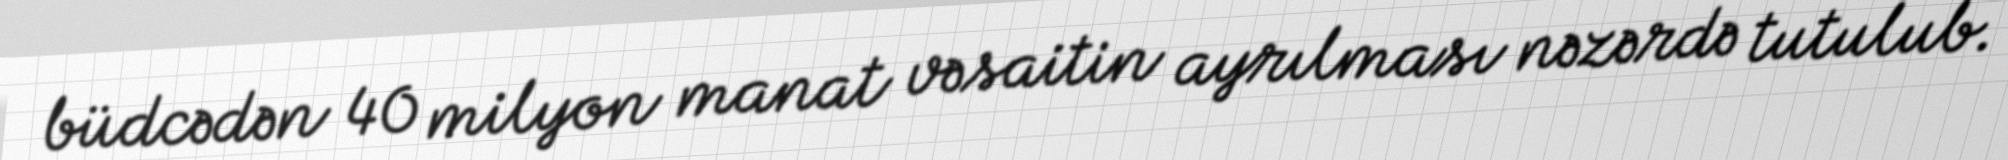
büdcədən 40 milyon manat vəsaitin ayrılması nəzərdə tutulub.